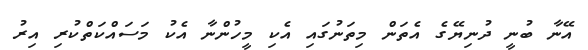
އޭނާ ބުނީ ދުނިޔޭގެ އެތަން މިތަނުގައި އެކި މީހުންނާ އެކު މަސައްކަތްކުރި އިރު